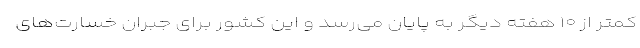
کمتر از ۱۰ هفته دیگر به پایان می‌رسد و این کشور برای جبران خسارت‌های